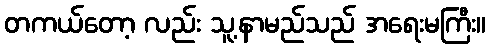
တကယ်တော့ လည်း သူ့နာမည်သည် အရေးမကြီး။